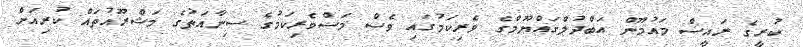
ކުރީގެ ރައީސް މައުމޫން އަބްދުލްގައްޔޫމްގެ ވެރިކަމުގައި ވެސް މަސްވެރިކަމުގެ ސިނާއަތުގެ މަޝްރޫއުތައް ކުރިއަށް